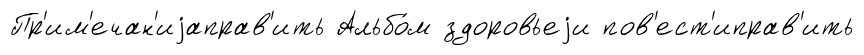
Пр'им'ечан'иjаправ'ить Альбо́м здоровьеjи пов'ест'иправ'ить